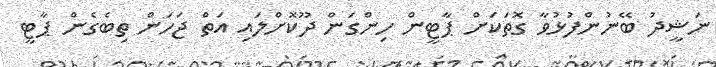
ނަޝީދު ބޭނުންފުޅުވާ ގޮތަކަށް ޕާޓީން ހިންގަން ދޫކޮށްލައި އަތް ޖަހަން ތިބެގެން ޕާޓީ